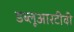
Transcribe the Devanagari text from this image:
डब्लूआरटीवी